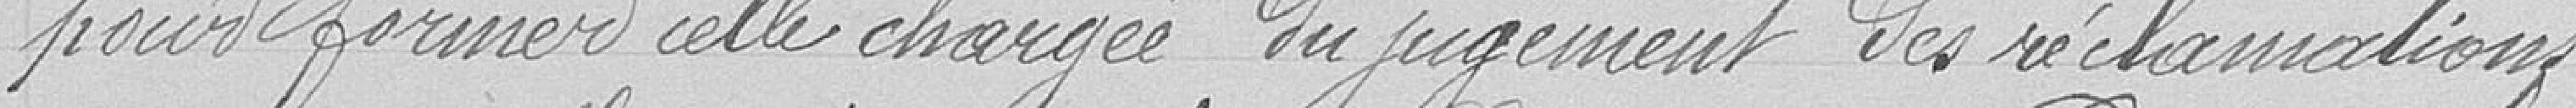
pour former celle chargée du jugement des réclamations.